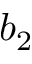
b _ { 2 }